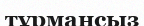
тұрмансыз